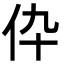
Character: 伜